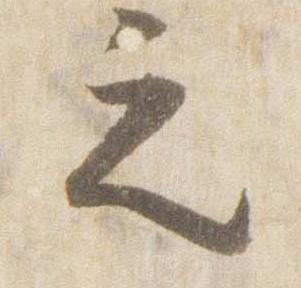
之